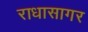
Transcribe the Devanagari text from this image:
राधासागर